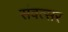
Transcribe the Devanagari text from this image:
संवत्‍सर